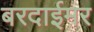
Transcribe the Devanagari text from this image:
बरदाईमर